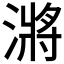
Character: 𭲎